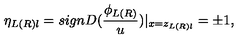
\eta _ { L ( R ) l } = s i g n D ( \frac { \phi _ { L ( R ) } } u ) | _ { x = z _ { L ( R ) l } } = \pm 1 ,